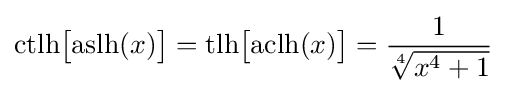
{\text{ctlh}}{\bigl [}{\text{aslh}}(x){\bigr ]}={\text{tlh}}{\bigl [}{\text{aclh}}(x){\bigr ]}={\frac {1}{\sqrt[{4}]{x^{4}+1}}}